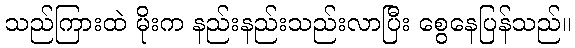
သည်ကြားထဲ မိုးက နည်းနည်းသည်းလာပြီး စွေနေပြန်သည်။